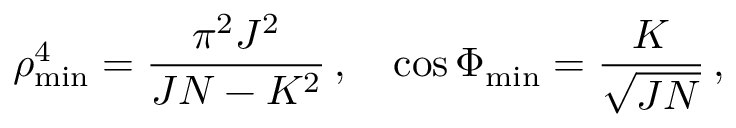
\rho _ { \mathrm { m i n } } ^ { 4 } = \frac { \pi ^ { 2 } J ^ { 2 } } { J N - K ^ { 2 } } \, , \quad \cos \Phi _ { \mathrm { m i n } } = \frac { K } { \sqrt { J N } } \, ,